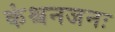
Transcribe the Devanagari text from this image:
कंश्चनजनः